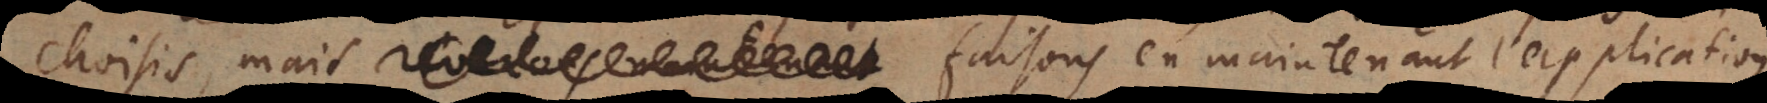
choisis; mais faisons en maintenant l’application